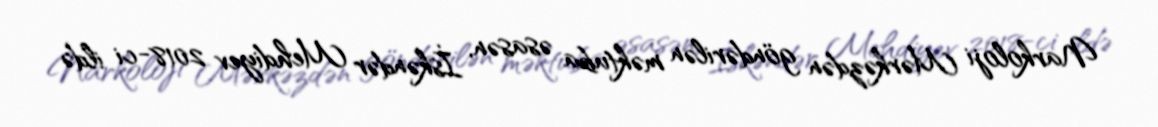
Narkoloji Mərkəzdən göndərilən məktuba əsasən, İskəndər Mehdiyev 2018-ci ildə